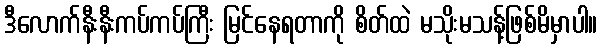
ဒီလောက်နီးနီးကပ်ကပ်ကြီး မြင်နေရတာကို စိတ်ထဲ မသိုးမသန့်ဖြစ်မိမှာပါ။